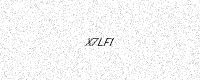
Text: X7LFI